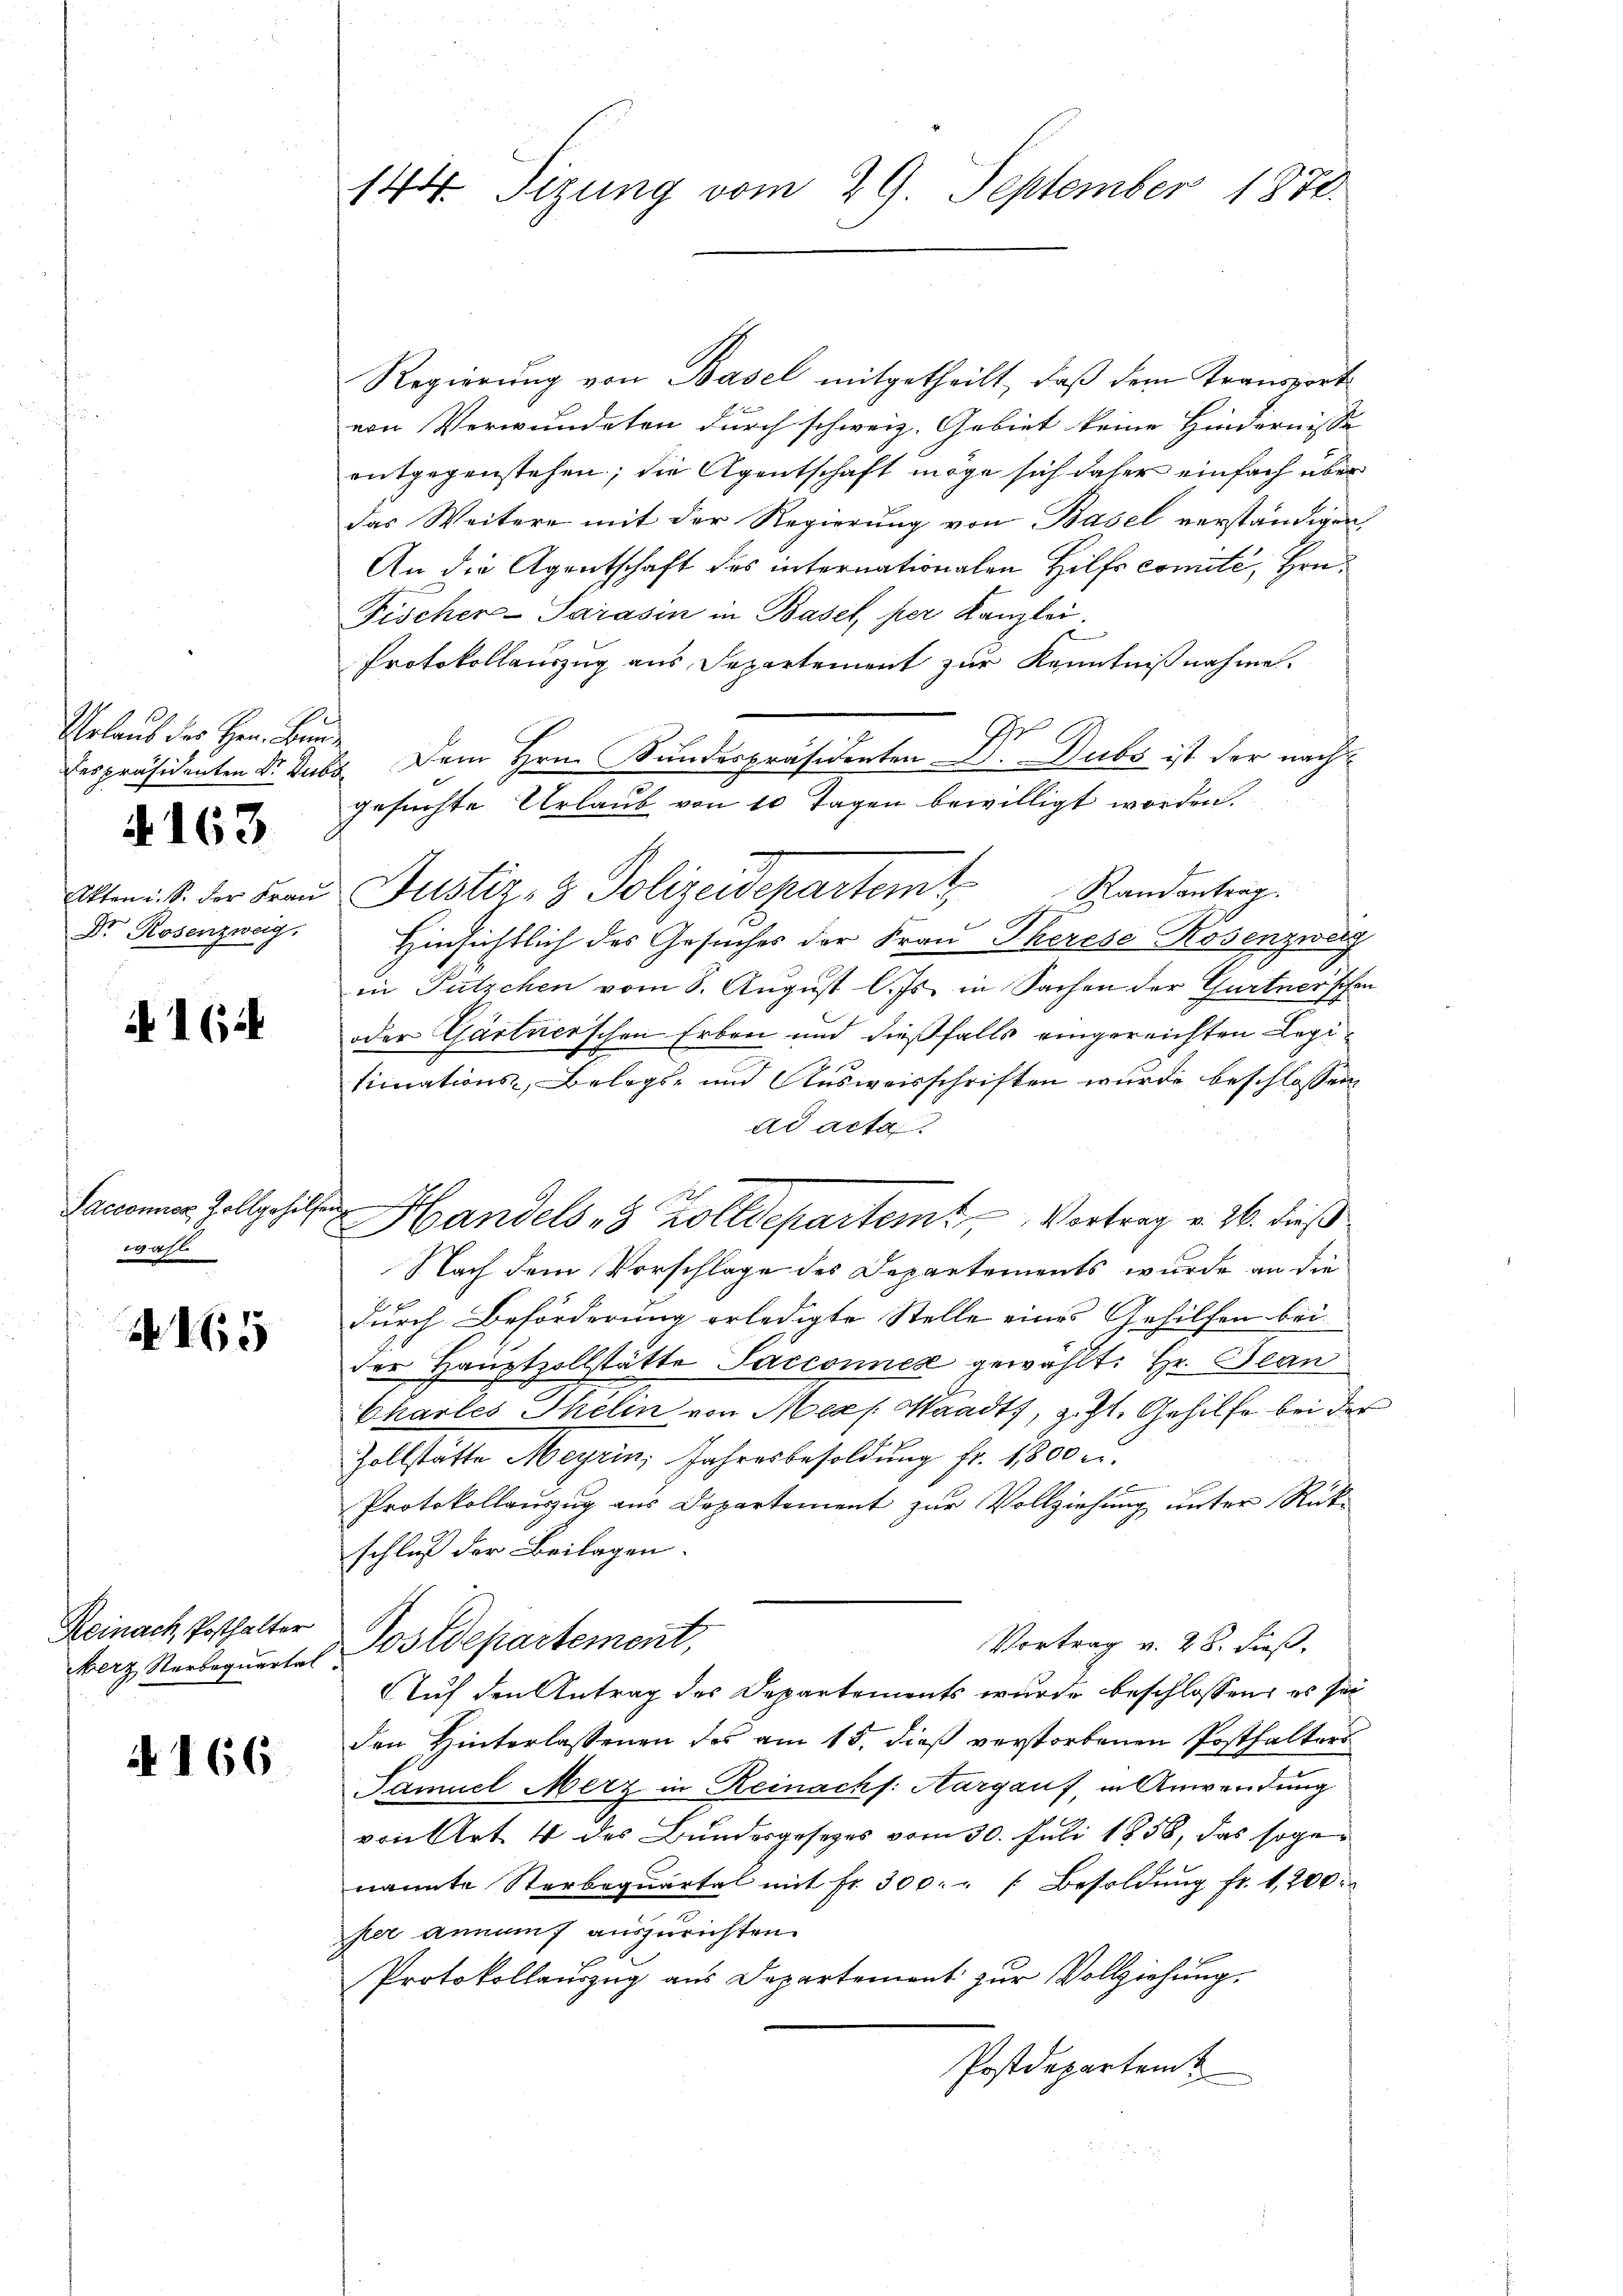
Urlaub des Herr Bunde

4163

Akten i. S. der Frau
Dr. Rosenzweig.

1614

Saccomnes Zollgehilfe.
wahl

4165

Reinach, Posthalter

A 166

144 Tizung vom 29. September 1874.

Regierung von Basel mitgetheilt, daß dem Transport
von Verwundeten durch schweiz. Gebiet keine Hindernisse
entgegenstehen; die Agentschaft möge sich daher einfach über
das Weitere mit der Regierŭng von Basel verständigen
An die Agentschaft des internationalen Hilfscomité, Hrn.
Fischer-Parasin in Basel, per Kanzlei.
Protokollauszug aus Departement zur Kenntnißnahme.
despräsidenten Dr. Dubs Dem Hrn. Bundespräsidenten Dr. Dubs ist der nachgesuchte Urlaub von 10 Tagen bewilligt worden.
Randantrag.
Justiz- & Polizeidepartemt
.
.
Hinsichtlich des Gesuches der Frau Therese Rosenzwerg
in Putzchen vom 8. August l. Js. in Sachen der Gurtner'schen
oder Gärtnerschen Erben und dießfalls eingereichten Legitimations-, Belegs- und Ausweisschriften wurde beschlossen
ad acta
i
Handels 8 Zolldepartem Vortrag v. 26. dieß
Nach dem Vorschlage des Departements wurde an die
durch Beförderung erledigte Stelle eines Gehilfen bei
der Hauptzollstätte Sacconnex gewählt: Hr. Bean
Charles Thelin von Mess. Waadt, z. Zt. Gehilfe bei der
Zollstätte Meyrin, Jahresbesoldung fr. 1800 u.
Protokollauszug aus Departement zur Vollziehung unter Rück-
schluß der Beilagen.
Vortrag v. 28. dieß,
Berz Narboquertel Postdepartement,
Auf den Antrag des Departements wurde beschlossen, es sei
den Hinterlassenen des am 15. dieß verstorbenen Posthalters
Samuel Merz in Reinachs: Aargauf, in Anwendung
von Art. 4 des Bundesgesezes vom 30. Juli 1856, das soge
nannte Sterbeqŭartal mit fr. 300. " " Besoldŭng fr. 1,200.
ser annamt auszurichten.
Protokollauszug aus Departement zur Vollziehung.
Postdepartem